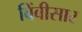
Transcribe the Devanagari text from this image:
बिंबीसार